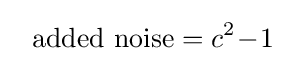
~~{\rm {added~noise}}=c^{2}\!-\!1